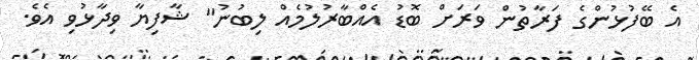
އެ ބޭފުޅުންގެ ފަރާތުން ވަރަށް ބޮޑު އެއްބާރުލުމެއް ލިބުނު" ޝާފިޔާ ވިދާޅުވި އެވެ.